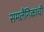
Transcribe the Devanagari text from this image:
समलैंगिकांची